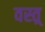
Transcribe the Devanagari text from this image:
वस्त्र्